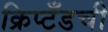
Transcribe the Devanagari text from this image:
क्रिप्टँडची